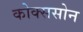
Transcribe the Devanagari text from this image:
कोक्ससोन